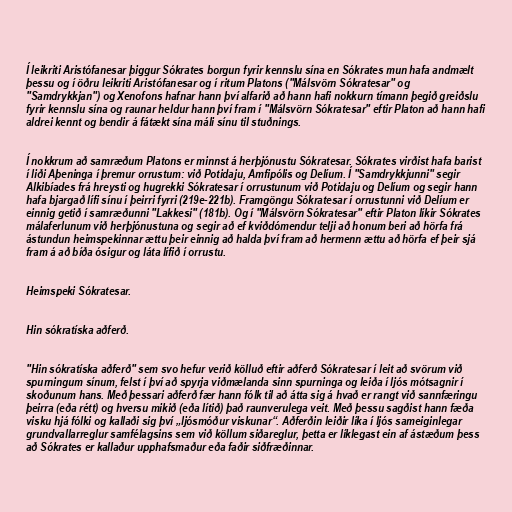
Í leikriti Aristófanesar þiggur Sókrates borgun fyrir kennslu sína en Sókrates mun hafa andmælt
þessu og í öðru leikriti Aristófanesar og í ritum Platons ("Málsvörn Sókratesar" og
"Samdrykkjan") og Xenofons hafnar hann því alfarið að hann hafi nokkurn tímann þegið greiðslu
fyrir kennslu sína og raunar heldur hann því fram í "Málsvörn Sókratesar" eftir Platon að hann hafi
aldrei kennt og bendir á fátækt sína máli sínu til stuðnings.

Í nokkrum að samræðum Platons er minnst á herþjónustu Sókratesar. Sókrates virðist hafa barist
í liði Aþeninga í þremur orrustum: við Potidaju, Amfipólis og Delíum. Í "Samdrykkjunni" segir
Alkibíades frá hreysti og hugrekki Sókratesar í orrustunum við Potidaju og Delíum og segir hann
hafa bjargað lífi sínu í þeirri fyrri (219e-221b). Framgöngu Sókratesar í orrustunni við Delíum er
einnig getið í samræðunni "Lakkesi" (181b). Og í "Málsvörn Sókratesar" eftir Platon líkir Sókrates
málaferlunum við herþjónustuna og segir að ef kviðdómendur telji að honum beri að hörfa frá
ástundun heimspekinnar ættu þeir einnig að halda því fram að hermenn ættu að hörfa ef þeir sjá
fram á að bíða ósigur og láta lífið í orrustu.

Heimspeki Sókratesar.

Hin sókratíska aðferð.

"Hin sókratíska aðferð" sem svo hefur verið kölluð eftir aðferð Sókratesar í leit að svörum við
spurningum sínum, felst í því að spyrja viðmælanda sinn spurninga og leiða í ljós mótsagnir í
skoðunum hans. Með þessari aðferð fær hann fólk til að átta sig á hvað er rangt við sannfæringu
þeirra (eða rétt) og hversu mikið (eða lítið) það raunverulega veit. Með þessu sagðist hann fæða
visku hjá fólki og kallaði sig því „ljósmóður viskunar“. Aðferðin leiðir líka í ljós sameiginlegar
grundvallarreglur samfélagsins sem við köllum siðareglur, þetta er líklegast ein af ástæðum þess
að Sókrates er kallaður upphafsmaður eða faðir siðfræðinnar.